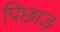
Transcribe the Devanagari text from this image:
पिछाड़